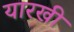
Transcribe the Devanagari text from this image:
यारखी